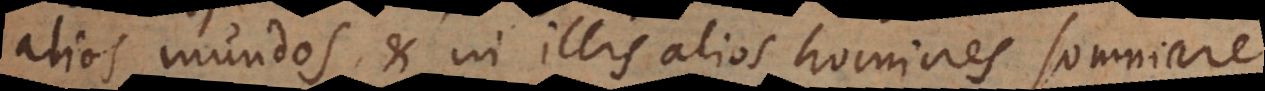
alios mundos, et in illis alios homines somniare